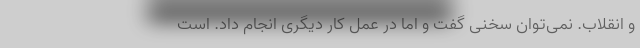
و انقلاب. نمی‌توان سخنی گفت و اما در عمل کار دیگری انجام داد. است